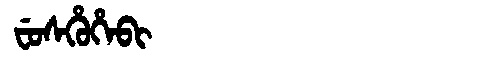
Manchu: ᠸᡠᠰᡥᡠᡥᡝᠪᡳ
Romanization: FUSHUHEBI